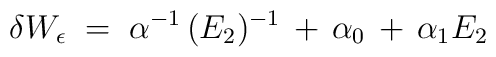
\delta W_\epsilon \;=\; \alpha^{-1} \, (E_2)^{-1} \,+\, \alpha_0 \,+\, \alpha_1 E_2